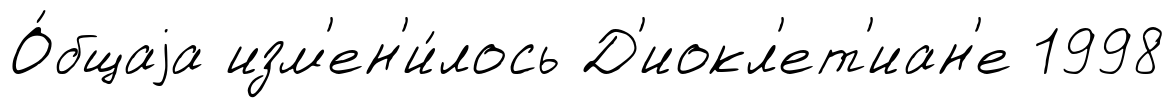
О́бщаjа изм'ен'и́лось Д'иокл'ет'иан'е 1998